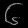
Digit: ၆